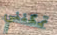
تمكنني